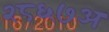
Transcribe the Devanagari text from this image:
२८६७अ